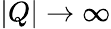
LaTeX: |Q|\rightarrow\infty